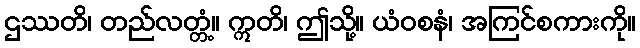
ဌဿတိ၊ တည်လတ္တံ့။ ဣတိ၊ ဤသို့။ ယံဝစနံ၊ အကြင်စကားကို။